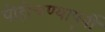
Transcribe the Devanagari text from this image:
पोहोचण्यापूर्वी